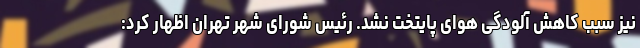
نیز سبب کاهش آلودگی هوای پایتخت نشد. رئیس شورای شهر تهران اظهار کرد: